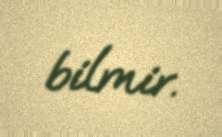
bilmir.